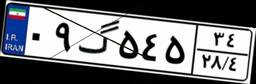
۰۹گ۵۴۵۳۴